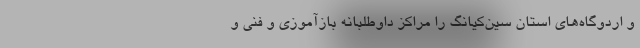
و اردوگاه‌های استان سین‌کیانگ را مراکز داوطلبانه بازآموزی و فنی و